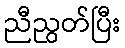
ညီညွတ်ပြီး